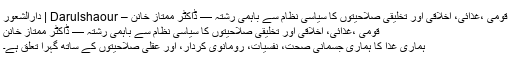
قومی ،غذائی، اخلاقی اور تخلیقی صلاحیتوں کا سیاسی نظام سے باہمی رشتہ — ڈاکٹر ممتاز خانن – Darulshaour | دارالشعور
قومی ،غذائی، اخلاقی اور تخلیقی صلاحیتوں کا سیاسی نظام سے باہمی رشتہ — ڈاکٹر ممتاز خانن
ہماری غذا کا ہماری جسمانی صحت، نفسیات، رومانوی کردار، اور عقلی صلاحیتوں کے ساتھ گہرا تعلق ہے۔